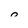
Character: 0